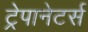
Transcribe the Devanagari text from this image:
ट्रेपानेटर्स